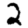
Digit: 2